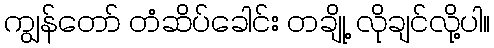
ကျွန်တော် တံဆိပ်ခေါင်း တချို့ လိုချင်လို့ပါ။